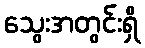
သွေးအတွင်းရှိ